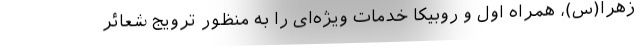
زهرا(س)، همراه اول و روبیکا خدمات ویژه‌ای را به منظور ترویج شعائر